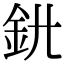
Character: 𨥃